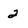
Character: 2